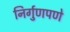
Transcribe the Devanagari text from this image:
निर्गुणपणे